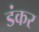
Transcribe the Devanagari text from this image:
डंकर